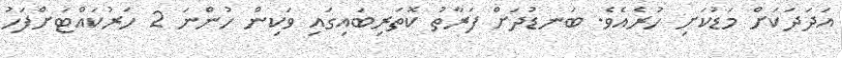
އަދަދަކަށް މަޑުކަށި ހުރެއެވެ. ބަނޑުދަށް ފަރާތު ކޮތަރިބައިގައި ވަކިން ހުންނަ 2 ހަރުކައްޓަށްފަހު